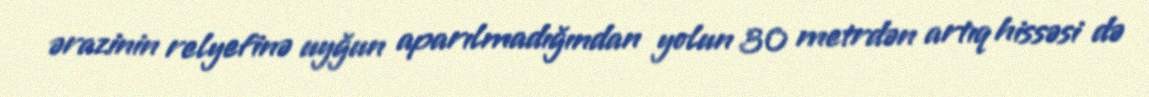
ərazinin relyefinə uyğun aparılmadığından yolun 30 metrdən artıq hissəsi də